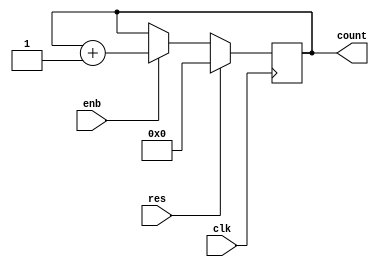
`timescale 1ps / 1ps
//////////////////////////////////////////////////////////////////////////////////
// Company: 
// Engineer: 
// 
// Design Name: 
// Module Name: entry
// Project Name: 
// Target Devices: 
// Tool Versions: 
// Description: 
// 
// Dependencies: 
// 
// Revision:
// Revision 0.01 - File Created
// Additional Comments:
// 
//////////////////////////////////////////////////////////////////////////////////

/*5-bit counter*/
module simpcounter(input clk,res,enb,output reg[5:0] count);

always @(posedge clk)
count<=res? 5'b0 :( enb? count+1 : count);

endmodule

/*
module simpcounter_testbench();

reg clk,clr,enb;
wire[5:0] count;

simpcounter count1(clk,clr,enb,count);

initial begin
clk=0;

forever
#10 clk=~clk;
end

initial
begin
#5 clr=1;
#20 clr=0;enb=1;
end

endmodule 
*/